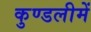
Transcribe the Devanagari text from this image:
कुण्डलीमें